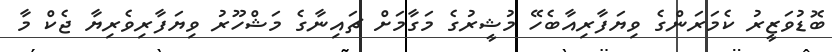
ބޮޑުވަޒީރު ކެމަރަންގެ ވިޔަފާރިއާބެހޭ މުޝީރުގެ މަގާމަށް ޗައިނާގެ މަޝްހޫރު ވިޔަފާރިވެރިޔާ ޖެކް މާ